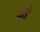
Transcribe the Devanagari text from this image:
थाडे